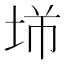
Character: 𡋁